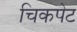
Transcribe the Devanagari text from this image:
चिकपेट